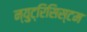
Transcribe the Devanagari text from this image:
न्युट्रिसिस्टम